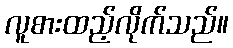
လူစားထည့်လိုက်သည်။